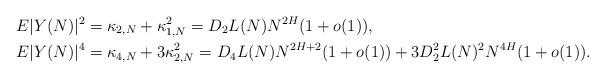
LaTeX: \begin{align*}E|Y(N)|^2 &= \kappa_{2,N} + \kappa_{1,N}^2 = D_2 L(N) N^{2H}(1+o(1)),\\E|Y(N)|^4 &= \kappa_{4,N} + 3 \kappa_{2,N}^2 = D_4 L(N) N^{2H+2}(1+o(1)) + 3 D_2^2 L(N)^2 N^{4H}(1+o(1)).\end{align*}